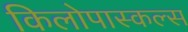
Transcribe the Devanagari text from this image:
किलोपास्कल्स